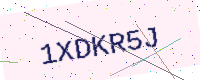
Text: 1XDKR5J